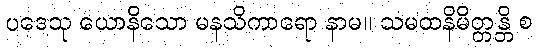
ပဒေသု ယောနိသော မနသိကာရော နာမ။ သမထနိမိတ္တန္တိ စ